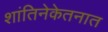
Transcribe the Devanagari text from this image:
शांतिनेकेतनात